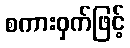
စကားဝှက်ဖြင့်